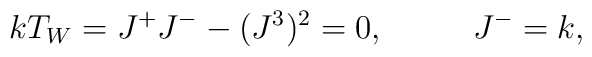
kT_W=J^+J^- - (J^3)^2 = 0, \ \ \ \ \ \ \ \  J^-=k,